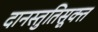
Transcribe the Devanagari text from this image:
दानस्तुतिसूक्त